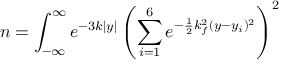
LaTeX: n = \int _ { - \infty } ^ { \infty } e ^ { - 3 k | y | } \left( \sum _ { i = 1 } ^ { 6 } e ^ { - \frac { 1 } { 2 } k _ { f } ^ { 2 } ( y - y _ { i } ) ^ { 2 } } \right) ^ { 2 }